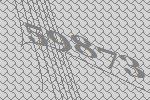
59873